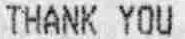
THANK YOU